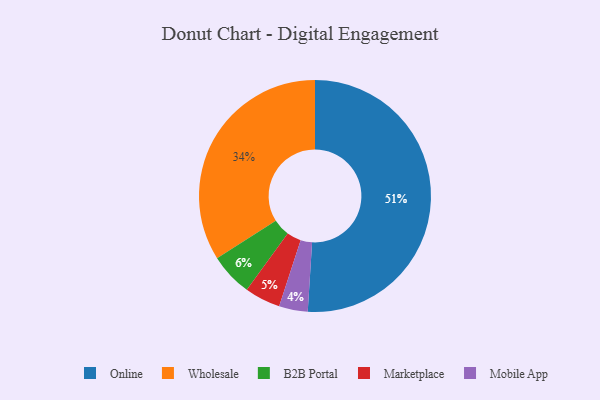
{"axis": {"x": "Category", "y": "Percentage"}, "legend": ["B2B Portal", "Marketplace", "Mobile App", "Online", "Wholesale"], "data": [{"x": "Wholesale", "y": 34, "type": "Wholesale"}, {"x": "B2B Portal", "y": 6, "type": "B2B Portal"}, {"x": "Online", "y": 51, "type": "Online"}, {"x": "Mobile App", "y": 4, "type": "Mobile App"}, {"x": "Marketplace", "y": 5, "type": "Marketplace"}]}